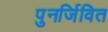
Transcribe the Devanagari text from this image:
पुनर्जिवित